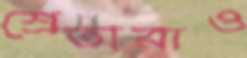
শ্রেতারাও